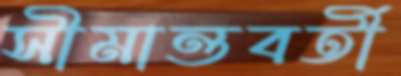
সীমান্তবর্তী